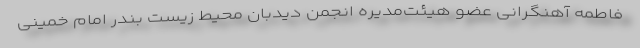
فاطمه آهنگرانی عضو هیئت‌مدیره انجمن دیدبان محیط زیست بندر امام خمینی